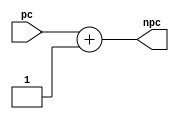
`timescale 1ns / 1ps
//////////////////////////////////////////////////////////////////////////////////
// Company: 
// Engineer: 
// 
// Design Name: 
// Module Name:    ProgramIncrementor 
// Project Name: 
// Target Devices: 
// Tool versions: 
// Description: 
//
// Dependencies: 
//
// Revision: 
// Revision 0.01 - File Created
// Additional Comments: 
//
//////////////////////////////////////////////////////////////////////////////////
module ProgramIncrementor(

	input [31:0]pc,
	output [31:0]npc
    );
assign npc=pc+32'b00000000000000000000000000000001;
endmodule